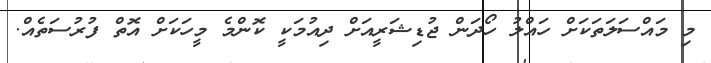
މި މައްސަލަތަކަށް ހައްލު ހޯދަން ޖުޑިޝަރީއަށް ދިއުމަކީ ކޮންމެ މީހަކަށް އޮތް ފުރުސަތެއް.